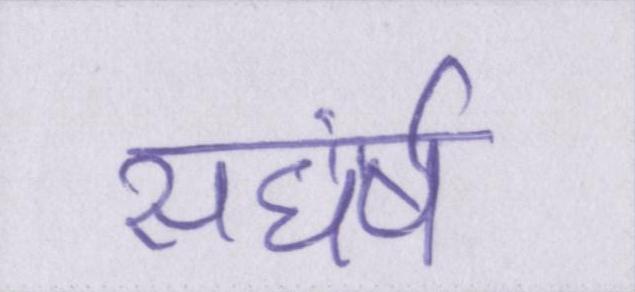
सघंर्ष